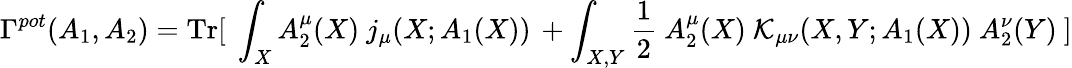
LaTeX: \Gamma^{pot}(A_{1},A_{2})={\mathrm{Tr}}[\ \int_{X}A_{2}^{\mu}(X)\ j_{\mu}(X;A_{1}(X))\, +\int_{X,Y}{\frac{1}{2}}\ A_{2}^{\mu}(X)\ {\cal K}_{\mu\nu}(X,Y;A_{1}(X))\ A_{2}^{\nu}(Y)\ ]